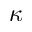
\kappa